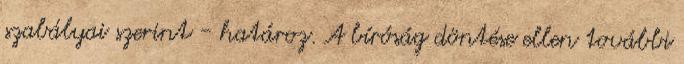
szabályai szerint - határoz. A bíróság döntése ellen további